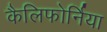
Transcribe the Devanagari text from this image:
कैलिफोर्निया